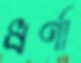
ধর্ণা